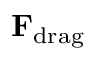
\mathbf { F } _ { \mathrm { d r a g } }